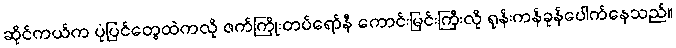
ဆိုင်ကယ်က ပုံပြင်တွေထဲကလို ဇက်ကြိုးတပ်ရော်နီ ကောင်းမြင်းကြီးလို ရုန်းကန်ခုန်ပေါက်နေသည်။